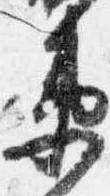
衛